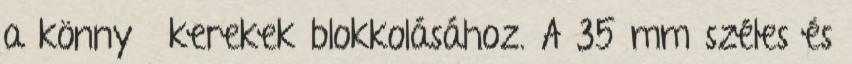
a könnyű kerekek blokkolásához. A 35 mm széles és